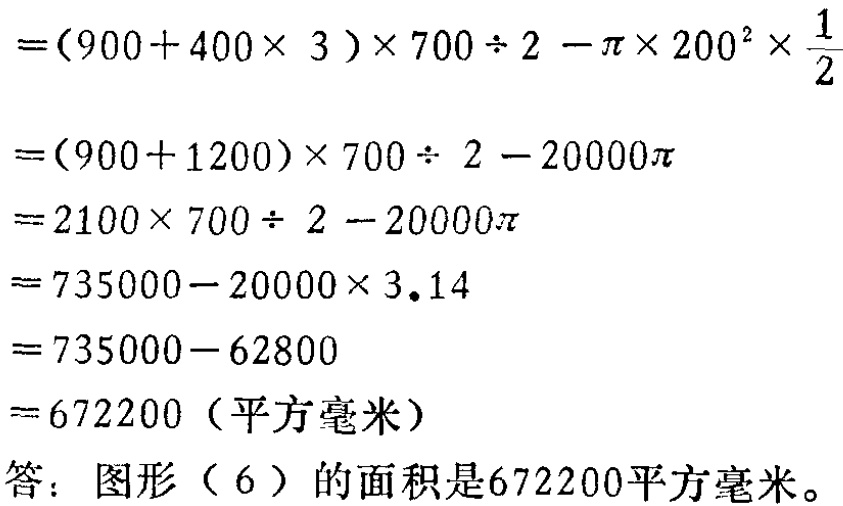
\[

\begin{align*}

&=(900 + 400\times3)\times700\div2-\pi\times200^{2}\times\frac{1}{2}\\

&=(900 + 1200)\times700\div2-20000\pi\\

&=2100\times700\div2-20000\pi\\

&=735000-20000\times3.14\\

&=735000 - 62800\\

&=672200 \text{（平方毫米）}

\end{align*}

\]

答：图形（6）的面积是672200平方毫米。